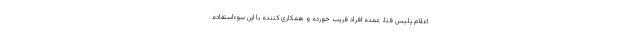
اعلام پلیس فتا، عمده افراد فریب خورده و همکاری کننده با این سوءاستفاده